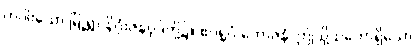
တပါးသော မြို့ရွာ နိဂုံးဇနပုဒ်တို့၌။ ဧဝရူပံ ဘောဇနံ၊ ဤသို့သဘောရှိသော